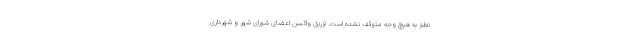
نطنز به هیچ وجه متوقف نشده است. تزریق واکسن اعضای شورای شهر و شهرداری